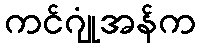
ကင်ဂျုံအန်က